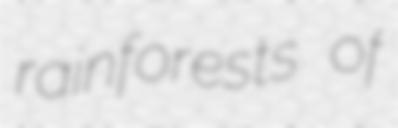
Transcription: rainforests of